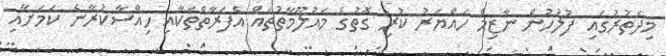
މިދަތުރުގައި ފުލުހުން ނާޒިމް ހައްޔަރު ކުރި ގޮތުގެ މައުލޫމާތުތައް އެފަރާތްތަކާއި ހިއްސާކުރާނެ ކަމަށާއި